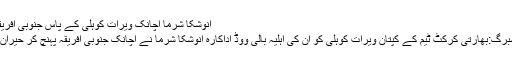
انوشکا شرما اچانک ویرات کوہلی کے پاس جنوبی افریقہ پہنچ
جوہانسبرگ:بھارتی کرکٹ ٹیم کے کپتان ویرات کوہلی کو ان کی اہلیہ بالی ووڈ اداکارہ انوشکا شرما نے اچانک جنوبی افریقہ پہنچ کر حیران کردیا۔